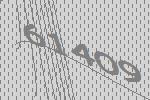
61409